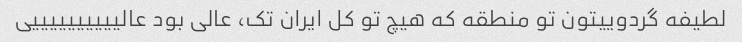
لطیفه گردوییتون تو منطقه که هیچ تو کل ایران تک، عالی بود عالییییییییییی